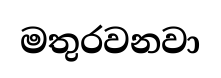
මතුරවනවා